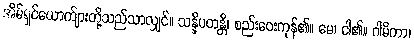
အိမ်ရှင်ယောက်ျားတို့သည်သာလျှင်။ သန္နိပတန္တိ၊ စည်းဝေးကုန်၏။ မေ၊ ငါ၏။ ဂါမိကာ၊